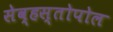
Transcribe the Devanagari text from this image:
सेव्हस्तोपोल